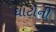
ઘાટોની